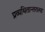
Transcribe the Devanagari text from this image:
प्रव्यथितान्तरात्मा